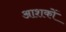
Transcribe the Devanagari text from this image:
आशकों